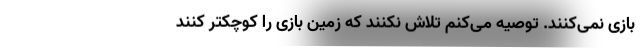
بازی نمی‌کنند. توصیه می‌کنم تلاش نکنند که زمین بازی را کوچکتر کنند